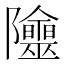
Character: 𨽭